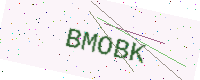
Text: BMOBK